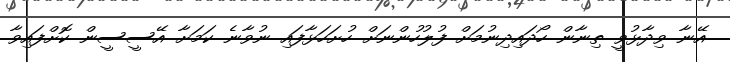
އޭނާ ވިދާޅުވީ ތިނާން ހޯދައިދިނުމަށް ފުލުހުންނަށް ހުށަހަޅާފައި ނުވާނެ ކަމަށާ އޭސީސީން ކޮށްފައިވާ